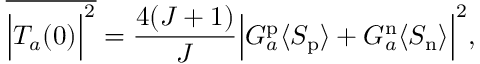
\overline { { { \Bigl \vert T _ { a } ( 0 ) \Bigr \vert ^ { 2 } } } } = { \frac { 4 ( J + 1 ) } { J } } \Bigl \vert G _ { a } ^ { \mathrm { p } } \langle S _ { \mathrm { p } } \rangle + G _ { a } ^ { \mathrm { n } } \langle S _ { \mathrm { n } } \rangle \Bigr \vert ^ { 2 } ,